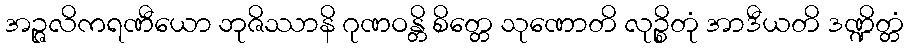
အဉ္ဇလိကရဏီယော ဘုဇိဿာနိ ဂုဏဝန္တိ စိတ္တေ သုဏောတိ လုဉ္စိတုံ အာဒီယတိ ဒဏ္ဍိတ္တံ